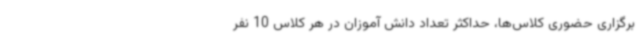
برگزاری حضوری کلاس‌ها، حداکثر تعداد دانش آموزان در هر کلاس 10 نفر